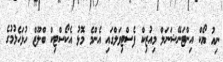
ނިއު ޔޯކް އިންޓަނޭޝަނަލް މިއުޒިކް ފެސްޓިވަލްގައި އެންމެ މޮޅު އެކޯސްޓިކް ބްލޫޫޒް ހުޅަހެޅުމުގެ